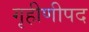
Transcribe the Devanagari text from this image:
गृहीणीपद